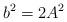
LaTeX: \begin{align*}b^2=2A^2\end{align*}